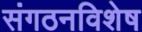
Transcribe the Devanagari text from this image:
संगठनविशेष